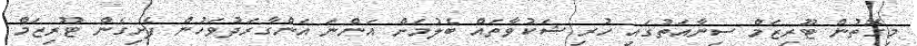
މިގޮތުން ޓޫރިޒަމް ސިނާއަތުގައި ހުރި ޝަކުވާތައް ބެލުމަށް އަންނަ އަންގާރަދުވަހުން ފެށިގެން ޓޫރިޒަމް